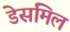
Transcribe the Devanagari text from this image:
डेसमिल